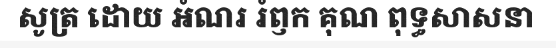
សូត្រ ដោយ អំណរ រំឭក គុណ ពុទ្ធសាសនា